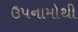
ઉપનામોથી